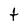
Character: t